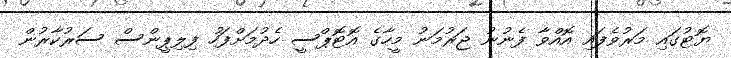
ޔޮޓުގައި މަރުވެފައި އޮއްވާ ފެނުނު ޖަރުމަނު މީހާގެ އޮޓޮޕްސީ ހެދުމަށްފަހު ފިލިޕީންސް ސަރުކާރުން